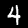
Label: 4